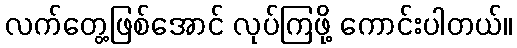
လက်တွေ့ဖြစ်အောင် လုပ်ကြဖို့ ကောင်းပါတယ်။